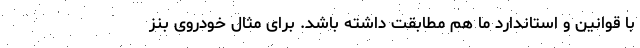
با قوانین و استاندارد ما هم مطابقت داشته باشد. برای مثال خودروی بنز